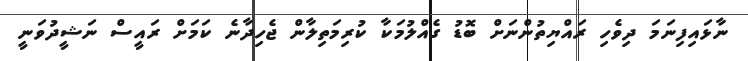
ނާޅައިފިނަމަ ދިވެހި ރައްޔިތުންނަށް ބޮޑު ގެއްލުމަކާ ކުރިމަތިލާން ޖެހިދާނެ ކަމަށް ރައީސް ނަޝީދުވަނީ